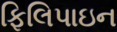
ફિલિપાઇન